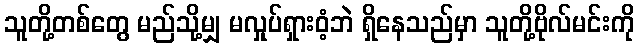
သူတို့တစ်တွေ မည်သို့မျှ မလှုပ်ရှားဝံ့ဘဲ ရှိနေသည်မှာ သူတို့ဗိုလ်မင်းကို